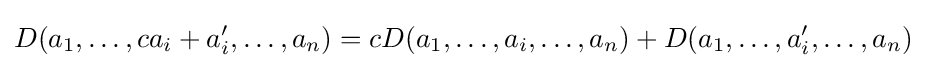
D(a_{1},\ldots ,ca_{i}+a_{i}',\ldots ,a_{n})=cD(a_{1},\ldots ,a_{i},\ldots ,a_{n})+D(a_{1},\ldots ,a_{i}',\ldots ,a_{n})